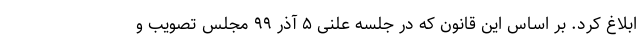
ابلاغ کرد. بر اساس این قانون که در جلسه علنی ۵ آذر ۹۹ مجلس تصویب و